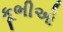
કૂભીઓ